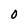
Character: 0